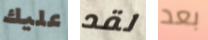
عليك لقد بعد